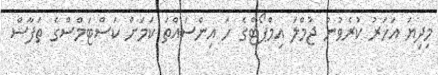
މިދިޔަ އަހަރު ކުރެވުނު ޖުމްލަ އިމްޕޯޓްގެ ހަ އިންސައްތަ ކަމަށް ކަސްޓަމްސްގެ ތަފާސް